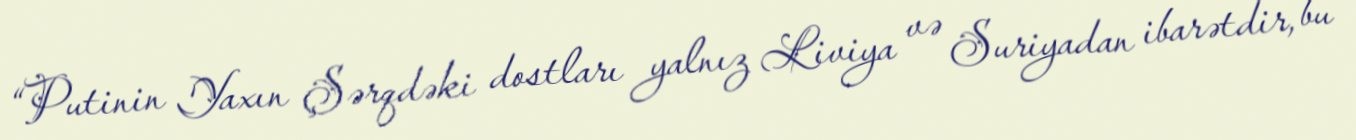
“Putinin Yaxın Şərqdəki dostları yalnız Liviya və Suriyadan ibarətdir, bu